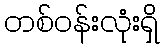
တစ်ဝန်းလုံးရှိ